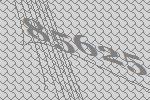
85625